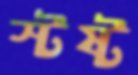
স্টষ্ট